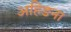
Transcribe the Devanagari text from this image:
अहिङना